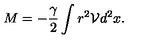
M = - \frac { \gamma } { 2 } \int r ^ { 2 } \mathcal { V } d ^ { 2 } x .